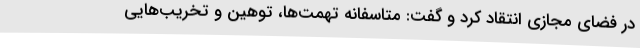
در فضای مجازی انتقاد کرد و گفت: متاسفانه تهمت‌ها، توهین و تخریب‌هایی